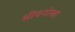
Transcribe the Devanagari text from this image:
सीवनरेखा